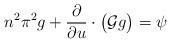
LaTeX: \begin{align*}n^2\pi^2g + \dfrac{\partial}{\partial u}\cdot \big(\mathcal{G}g\big) = \psi\end{align*}